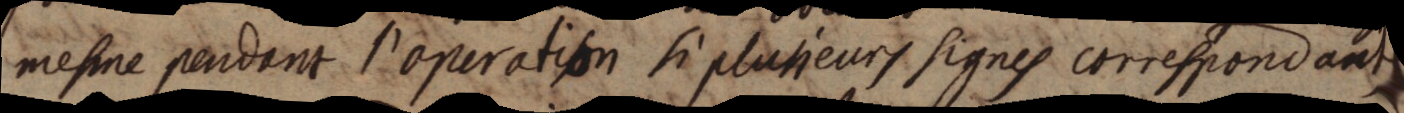
mesme pendant l’operation si plusieurs signes correspondants joints